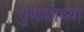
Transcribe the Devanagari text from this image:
गुणकाच्या